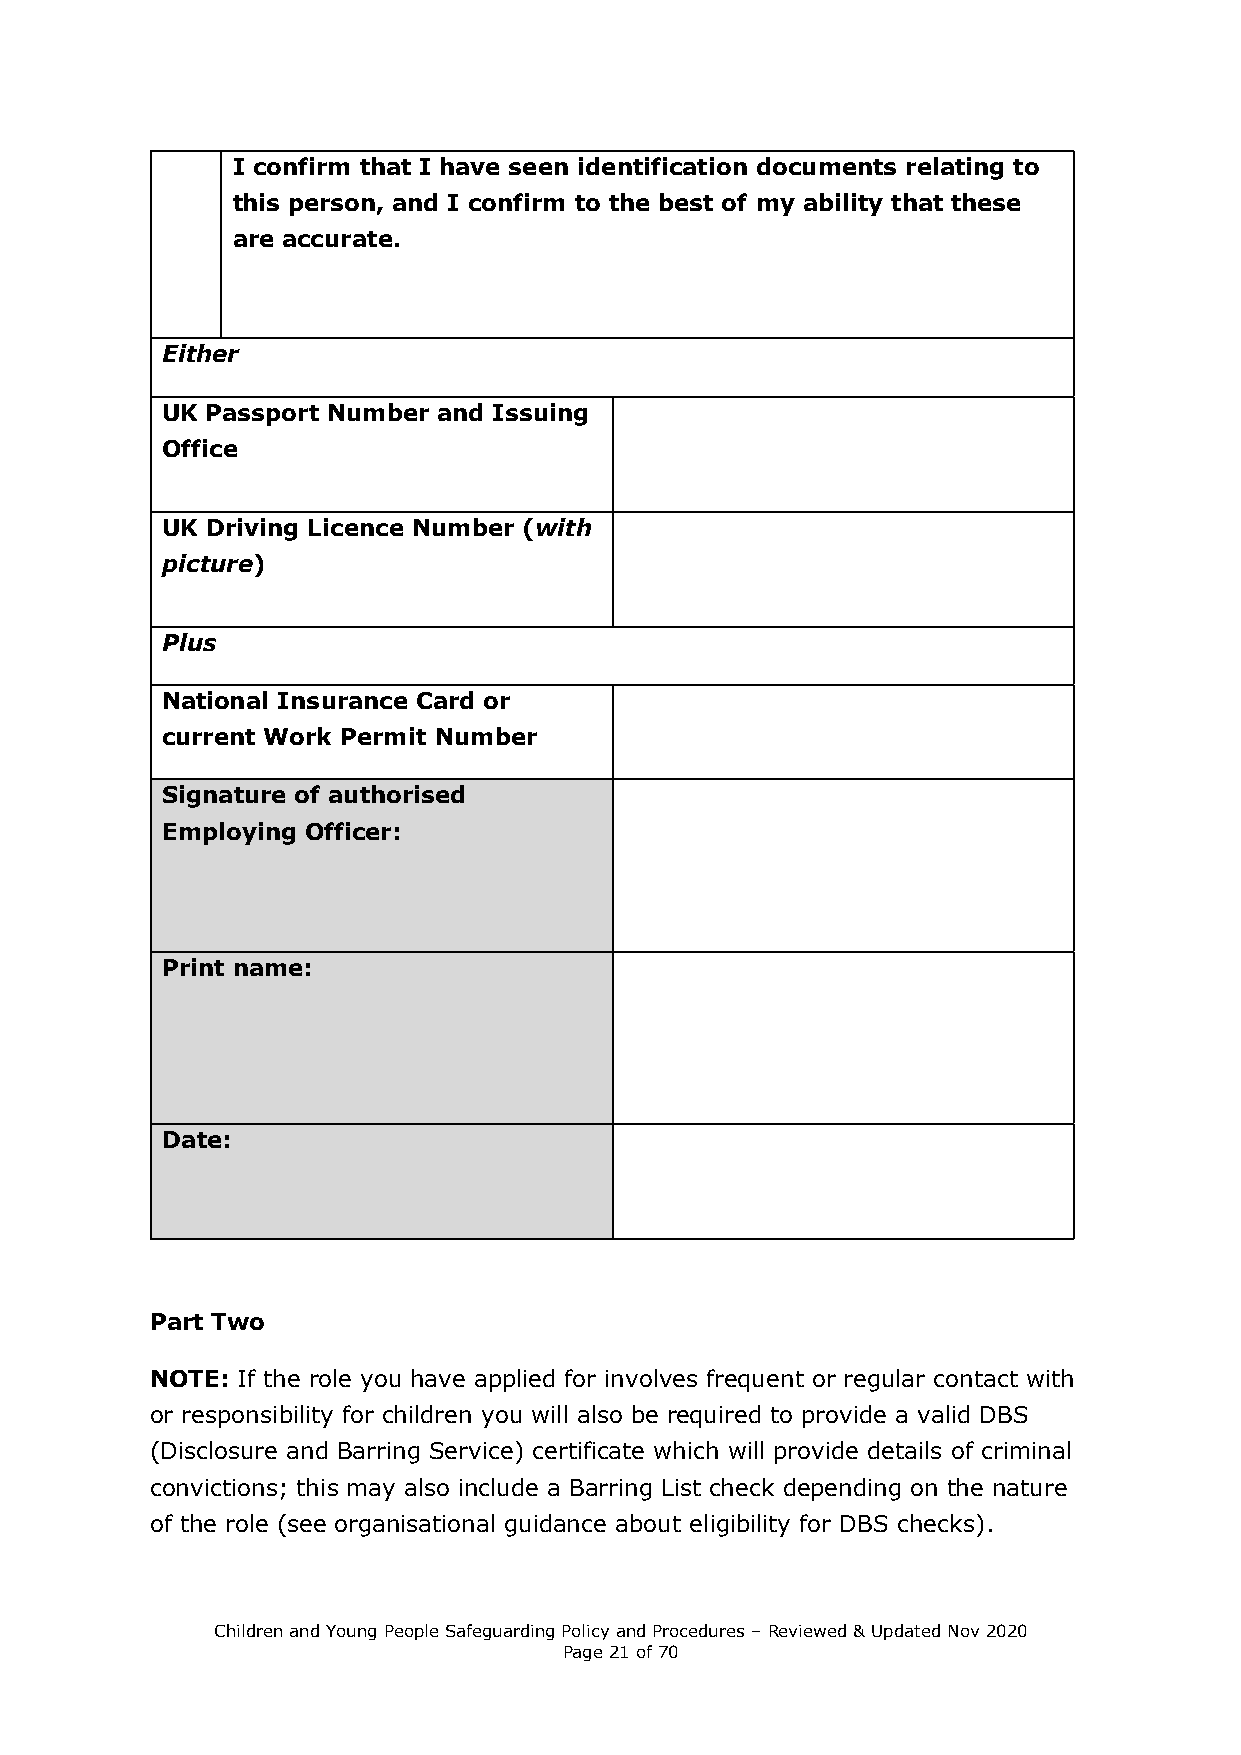
I confirm that I have seen identification documents relating to
 this person, and I confirm to the best of my ability that these
 are accurate.
 Either
 UK Passport Number and Issuing
 Office
 UK Driving Licence Number (with
 picture)
 Plus
 National Insurance Card or
 current Work Permit Number
 Signature of authorised
 Employing Officer:
 Print name:
 Date:
 Part Two
 NOTE: If the role you have applied for involves frequent or regular contact with
 or responsibility for children you will also be required to provide a valid DBS
 (Disclosure and Barring Service) certificate which will provide details of criminal
 convictions; this may also include a Barring List check depending on the nature
 of the role (see organisational guidance about eligibility for DBS checks).
 Children and Young People Safeguarding Policy and Procedures – Reviewed & Updated Nov 2020
 Page 21 of 70